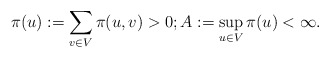
\begin{align*}\pi(u):=\sum_{v\in V}\pi(u,v)>0; A:= \sup_{u\in V}\pi(u) <\infty.\end{align*}